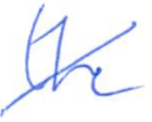
Text: the
Cross-out: diagonal
Writing tool: ballpoint